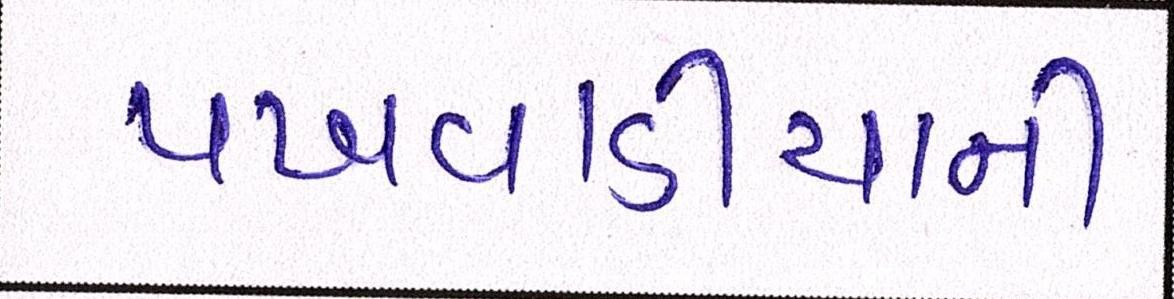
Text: પખવાડીયાની